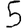
Digit: 5